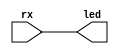
module uart (input rx,
             output led);
    assign led = rx;
endmodule